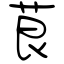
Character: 茛